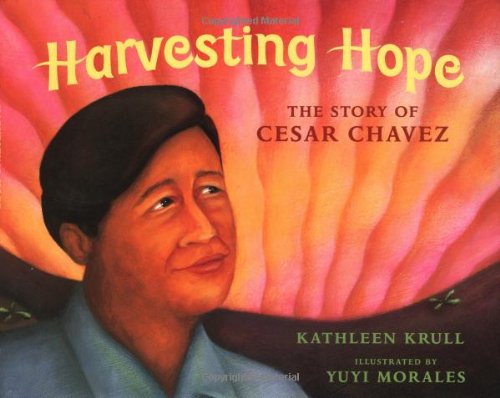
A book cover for Harvesting Hope: The Story of Cesar Chavez; Kathleen Krull; Children's Books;